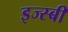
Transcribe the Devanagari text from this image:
इज्स्बीं